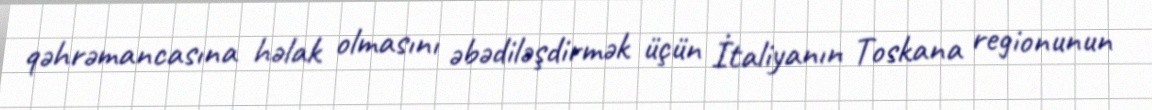
qəhrəmancasına həlak olmasını əbədiləşdirmək üçün İtaliyanın Toskana regionunun